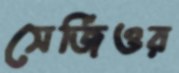
সের্জিওর